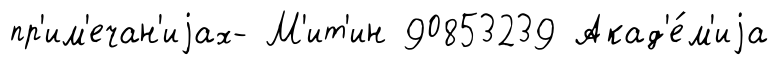
пр'им'ечан'иjах- М'ит'ин 90853239 Акад'е́м'иjа